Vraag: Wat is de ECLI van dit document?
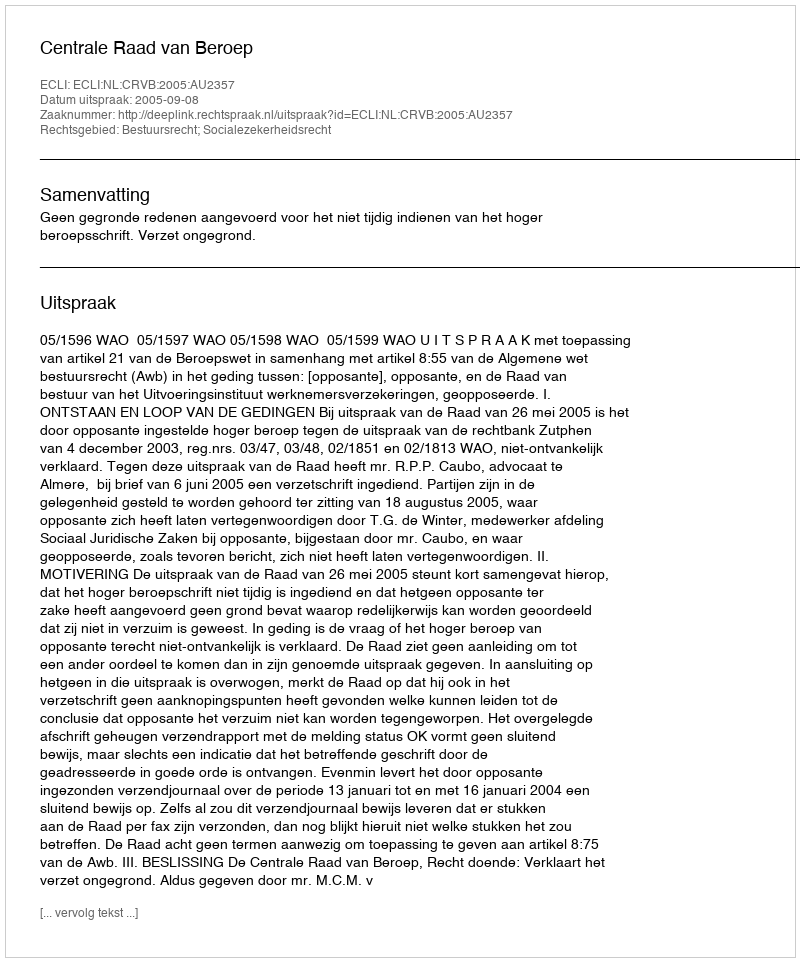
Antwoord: ECLI:NL:CRVB:2005:AU2357